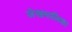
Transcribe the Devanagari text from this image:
लेखमालिका